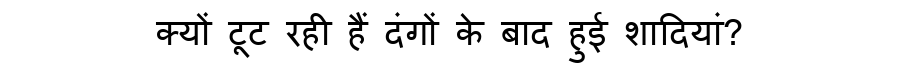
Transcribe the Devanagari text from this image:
क्यों टूट रही हैं दंगों के बाद हुई शादियां?